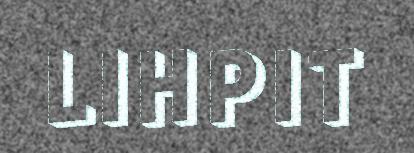
LIHPIT